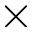
\times